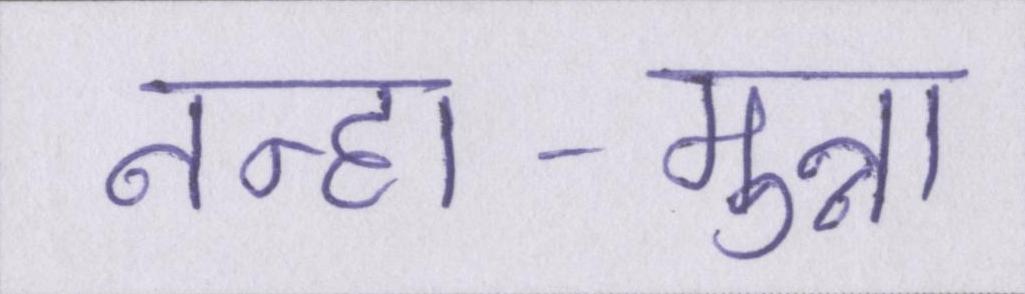
नन्हा-मुन्ना